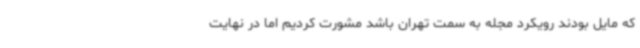
که مایل بودند رویکرد مجله به سمت تهران باشد مشورت کردیم اما در نهایت